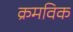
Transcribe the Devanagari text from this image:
क्रमविक